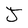
Character: J